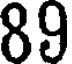
89